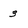
Character: 3